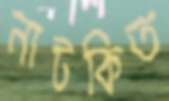
নাটকিত